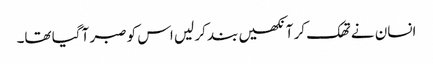
انسان نے تھک کر آنکھیں بند کر لیں اس کو صبر آ گیا تھا۔